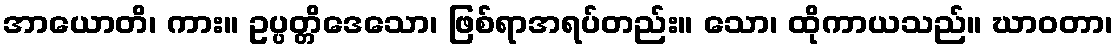
အာယောတိ၊ ကား။ ဥပ္ပတ္တိဒေသော၊ ဖြစ်ရာအရပ်တည်း။ သော၊ ထိုကာယသည်။ ဃာဝတာ၊